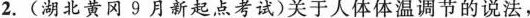
2.(湖北黄冈9月新起点考试)关于人体体温调节的说法，